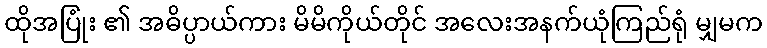
ထိုအပြုံး ၏ အဓိပ္ပာယ်ကား မိမိကိုယ်တိုင် အလေးအနက်ယုံကြည်ရုံ မျှမက